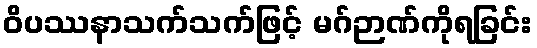
ဝိပဿနာသက်သက်ဖြင့် မဂ်ဉာဏ်ကိုရခြင်း